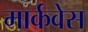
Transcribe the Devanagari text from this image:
मार्कवेस